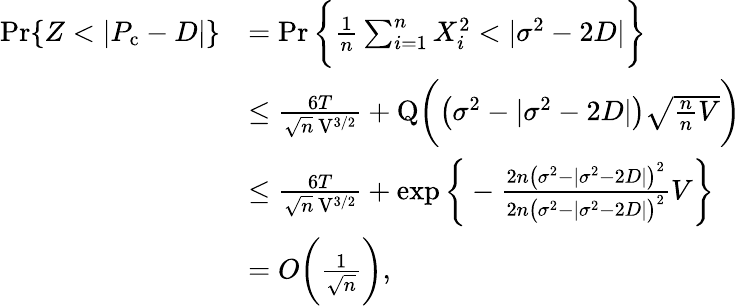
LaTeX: \begin{array}{rl}{\operatorname*{Pr}\{ Z<|P_{\mathrm{c}}-D|\} }&{=\operatorname*{Pr}\bigg\{ \frac{1}{n}\sum_{i=1}^{n}X_{i}^{2}<|\sigma^{2}-2D|\bigg\} }\\ &{\leq\frac{6T}{\sqrt{n}\, \mathrm{V}^{3/2}}+\mathrm{Q}\bigg(\big(\sigma^{2}-|\sigma^{2}-2D|\big)\sqrt{\frac{n}{n}{V}}\bigg)}\\ &{\leq\frac{6T}{\sqrt{n}\, \mathrm{V}^{3/2}}+\exp\bigg\{ -\frac{2n\big(\sigma^{2}-|\sigma^{2}-2D|\big)^{2}}{2n\big(\sigma^{2}-|\sigma^{2}-2D|\big)^{2}}{V}\bigg\} }\\ &{=O\bigg(\frac{1}{\sqrt{n}}\bigg),}\end{array}